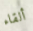
ألقاء